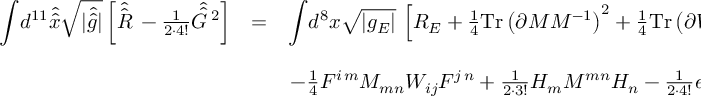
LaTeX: \begin{array} { r c l } { { { \displaystyle \int } d ^ { 1 1 } \hat { \hat { x } } \sqrt { | \hat { \hat { g } } | } \left[ \hat { \hat { R } \, } - \frac { 1 } { 2 \cdot 4 ! } \hat { \hat { G } \, } { } ^ { 2 } \right] } } & { { = } } & { { { \displaystyle \int } d ^ { 8 } x \sqrt { | g _ { E } | } \, \left[ R _ { E } + \frac { 1 } { 4 } \mathrm { T r } \left( \partial { \cal M } { \cal M } ^ { - 1 } \right) ^ { 2 } + \frac { 1 } { 4 } \mathrm { T r } \left( \partial { \cal W } { \cal W } ^ { - 1 } \right) ^ { 2 } \right. } } \\ { { } } & { { } } & { { } } \\ { { } } & { { } } & { { \left. - \frac { 1 } { 4 } F ^ { i \, m } { \cal M } _ { m n } { \cal W } _ { i j } F ^ { j \, n } + \frac { 1 } { 2 \cdot 3 ! } H _ { m } { \cal M } ^ { m n } H _ { n } - \frac { 1 } { 2 \cdot 4 ! } e ^ { - \varphi } G ^ { 2 } \right] \, , } } \end{array}